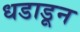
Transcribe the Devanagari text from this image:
धडाडून